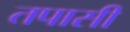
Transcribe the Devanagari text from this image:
तपासी